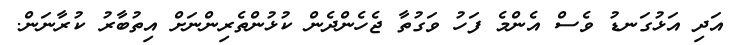
އަދި އަޅުގަނޑު ވެސް އެންމެ ފަހު ވަގުތާ ޖެހެންދެން ކުޅުންތެރިންނަށް އިތުބާރު ކުރާނަން.